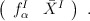
\begin{align*}\left( \begin{array}{cc} f_\alpha^I&\bar X^I\end{array}\right)\ . \end{align*}